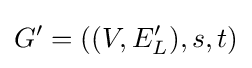
G'=((V,E_{L}'),s,t)